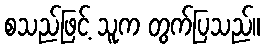
စသည်ဖြင့် သူက တွက်ပြသည်။